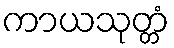
ကာယသုတ္တံ